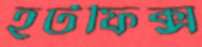
হটফিক্স